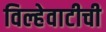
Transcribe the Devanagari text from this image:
विल्हेवाटीची